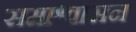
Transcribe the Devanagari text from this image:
समाश्वासन